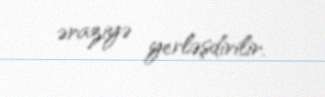
əraziyə yerləşdirilir.